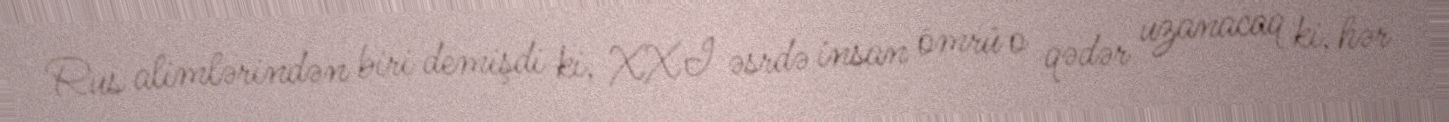
Rus alimlərindən biri demişdi ki, XXI əsrdə insan ömrü o qədər uzanacaq ki, hər